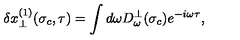
\delta x _ { \perp } ^ { ( 1 ) } ( \sigma _ { c } , \tau ) = \int d \omega D _ { \omega } ^ { \perp } ( \sigma _ { c } ) e ^ { - i \omega \tau } ,